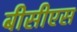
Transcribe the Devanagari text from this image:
बीसीएस